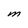
Character: M